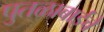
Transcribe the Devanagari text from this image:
पुतळाबाईंचे